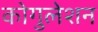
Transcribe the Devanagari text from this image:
कोगुलेशन